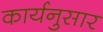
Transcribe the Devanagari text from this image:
कार्यनुसार